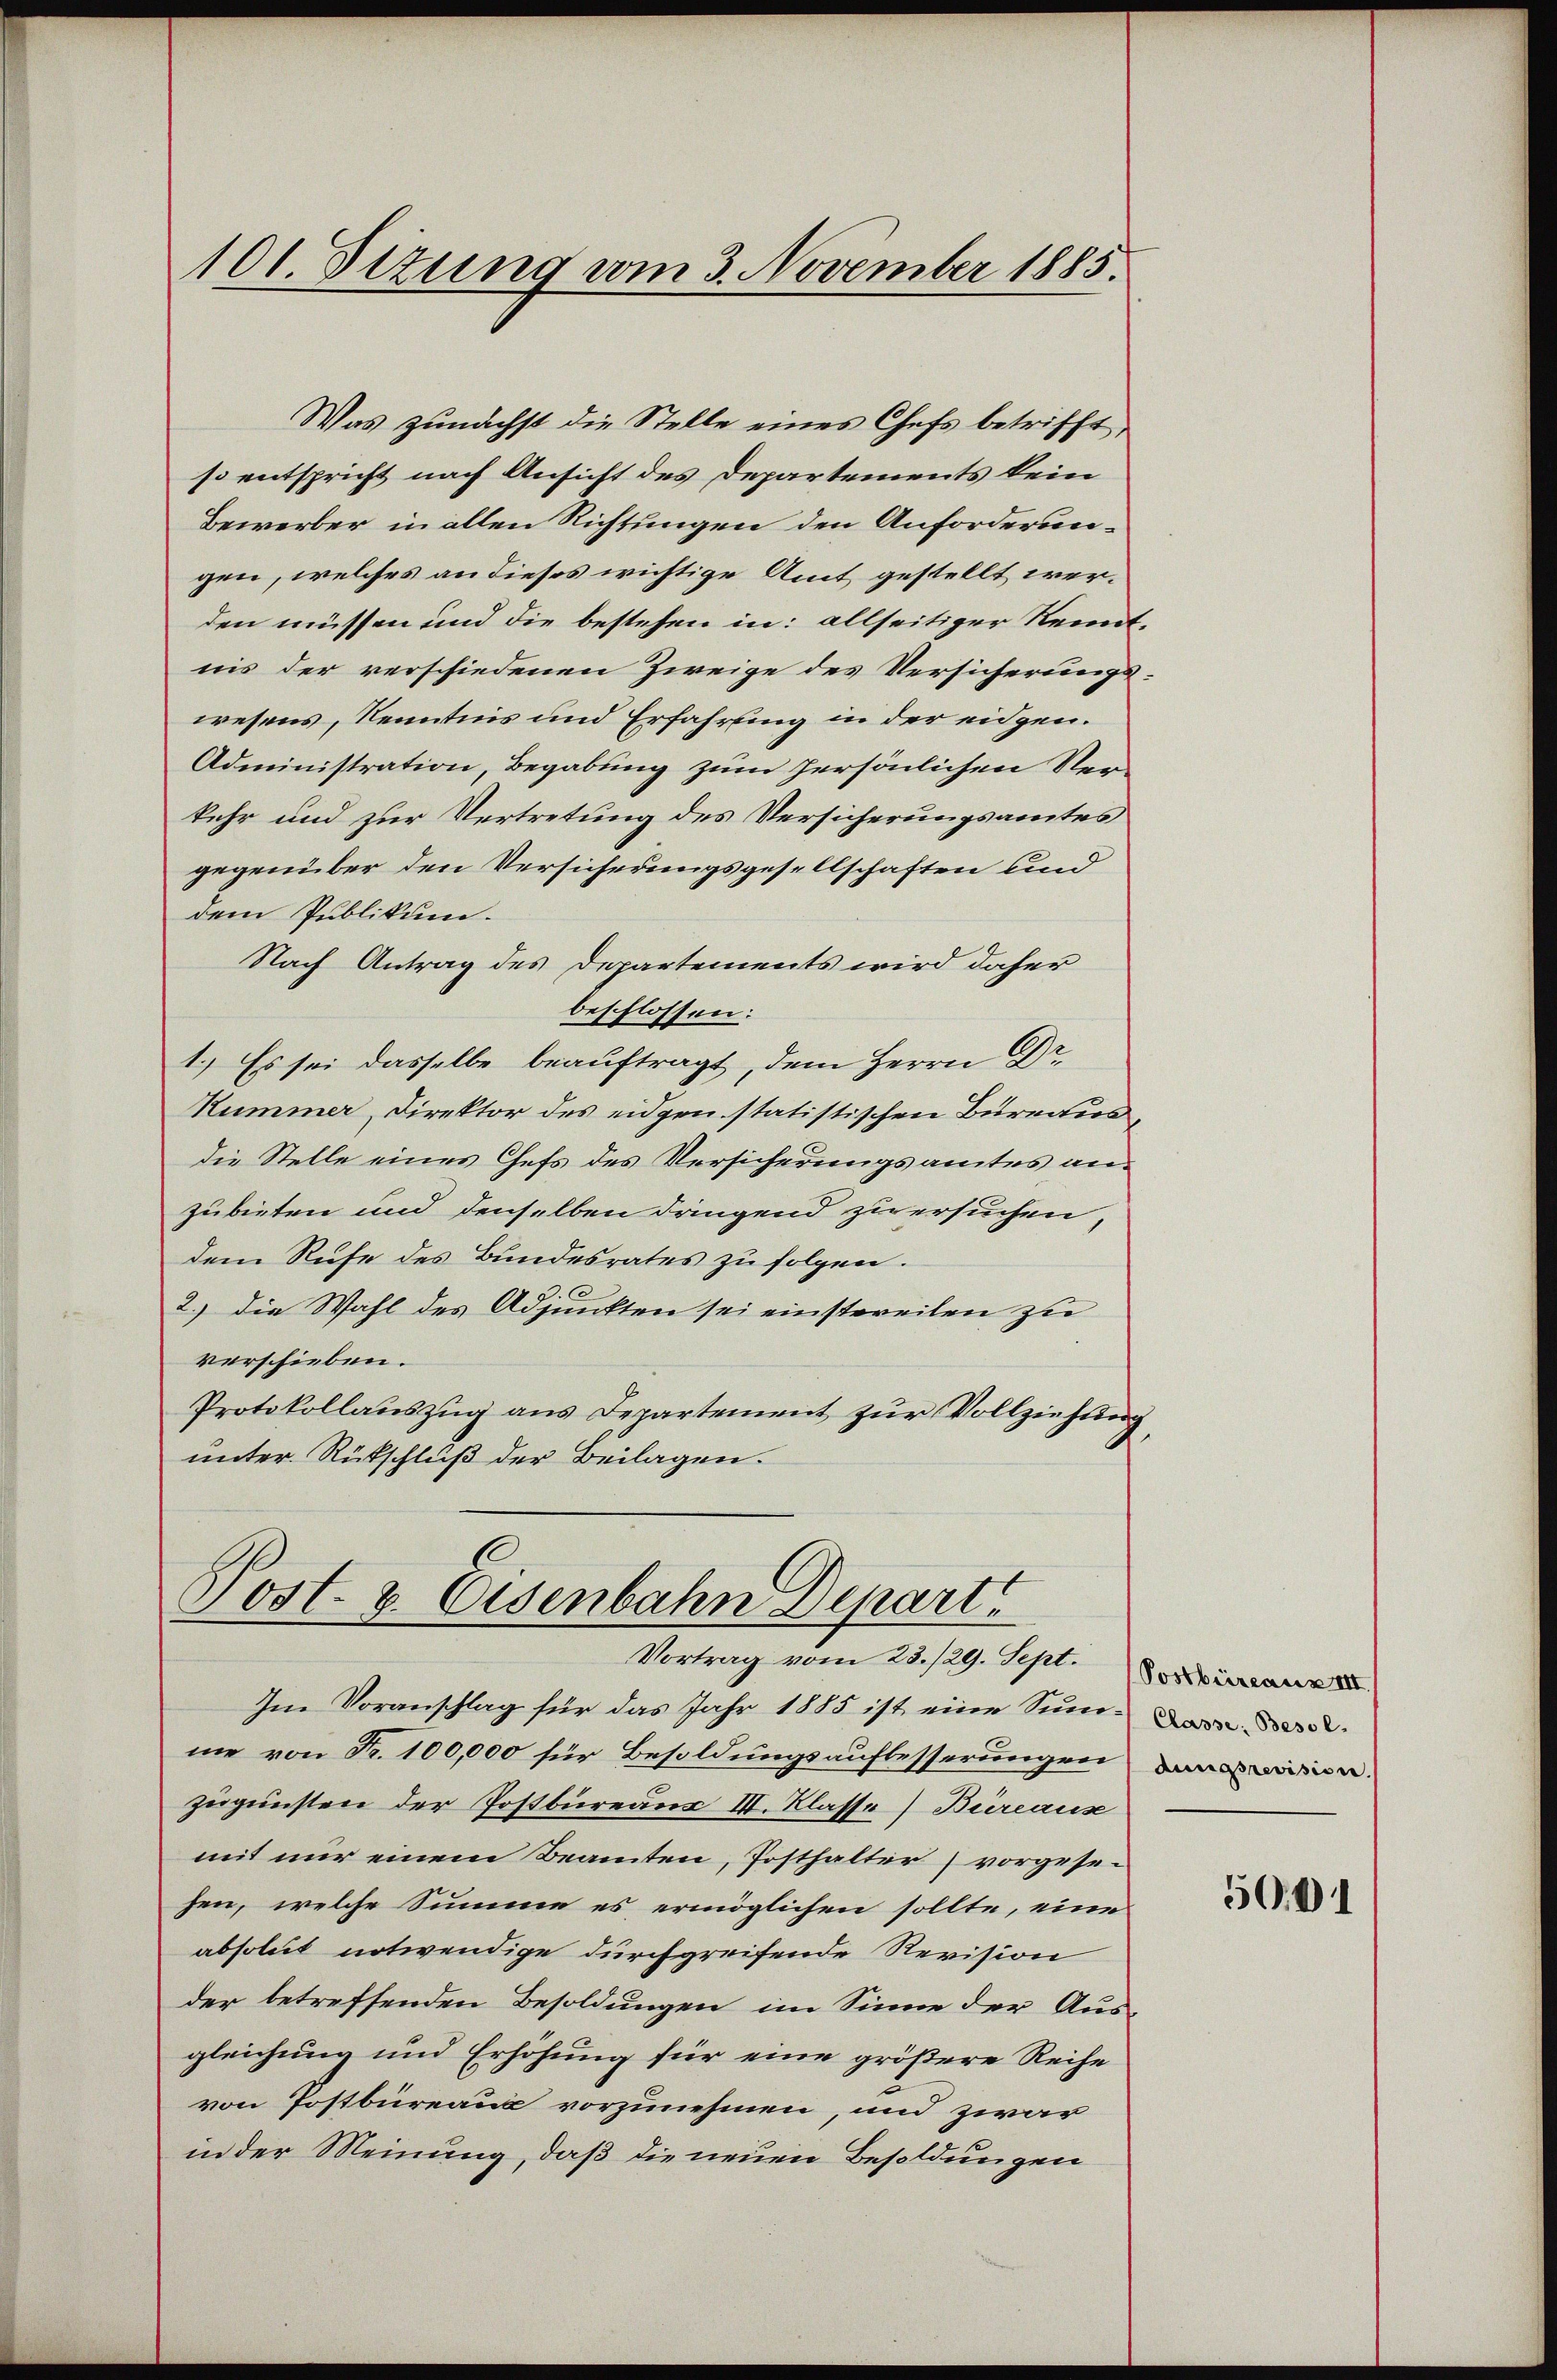
so entspricht nach Ansicht des Departements kein
Bewerber in allen Richtungen den Anforderungen, welches an dieses wichtige Amt gestellt werden müssen und die bestehen in: allseitiger Renntnis der verschiedenen Zweige des Versicherungswesens, Kenntnis und Erfahrung in der eidgen.
Administration, Begabung zum persönlichen Ver-
kehr und zur Vertretung des Versicherungsamtes
gegenüber den Versicherungsgesellschaften und
dem Publikum.
Nach Antrag des Departements wird daher
beschlossen:
1.) Es sei dasselbe beauftragt, dem Herrn Dr.
Hummer, Direktor des eidgen statistischen Bureaus
die Stelle eines Chefs des Versicherungsamtes anzubieten und denselben dringend zu ersuchen,
dem Rufe des Bundesrates zu folgen.
.
2.) Die Wahl des Adjunkten sei einstweilen zu
verschieben.
Protokollauszug aus Departement zur Vollziehung
unter Rückschluß der Beilagen.

101. Sizung vom 3. November 1885.

Was zunächst die Stelle eines Chefs betrifft,

Post- & Eisenbahn Depart
Vortrag vom 28./29. Sept. Der

Im Voranschlag für das Jahr 1885 ist eine Sum-
me von Fr. 100,000 für Besoldungsaufbesserungen nen
zugunsten der Postbureaus III. Klasse] Büreaus
mit nur einem Beamten, Posthalter vorgesehen, welche Summe es ermöglichen sollte, eine
absolut notwendige durchgreifende Revision
der betreffenden Besoldungen im Sinne der Aus-
gleichung und Erhöhung für eine größere Reihe
von Postbüreau vorzunehmen, und zwar
in der Meinung, daß die neuen Besoldungen

5001